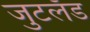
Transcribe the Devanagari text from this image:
जुटलँड